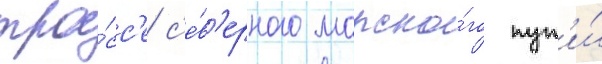
тра́сс'е с'е́в'ерного морско́го пут'и́